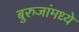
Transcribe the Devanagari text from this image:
बुरुजांमध्ये